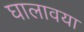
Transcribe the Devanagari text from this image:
घालावया